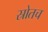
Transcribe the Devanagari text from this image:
स्रोतच